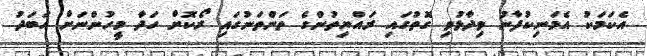
އެކަމަކު އެމަނިކުފާނު ވިދާޅުވި ގޮތުގައި ރައްޔިތުންގެ ތަންތަނުގައި ރޯކޮށް ހަދާ މީހުންނަށް އަބަދު